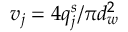
v _ { j } = 4 q _ { j } ^ { s } / \pi d _ { w } ^ { 2 }